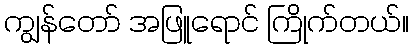
ကျွန်တော် အဖြူရောင် ကြိုက်တယ်။